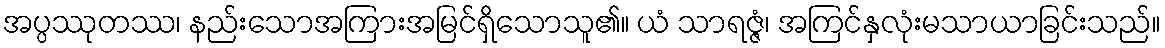
အပ္ပဿုတဿ၊ နည်းသောအကြားအမြင်ရှိသောသူ၏။ ယံ သာရဇ္ဇံ၊ အကြင်နှလုံးမသာယာခြင်းသည်။